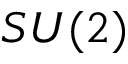
S U ( 2 )